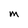
Character: M